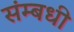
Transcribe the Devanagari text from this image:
संम्बधी